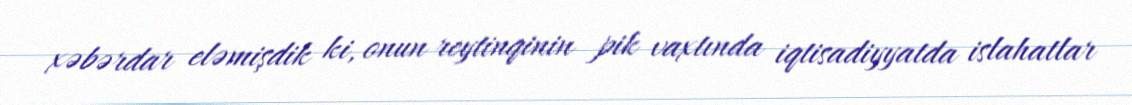
xəbərdar eləmişdik ki, onun reytinqinin pik vaxtında iqtisadiyyatda islahatlar